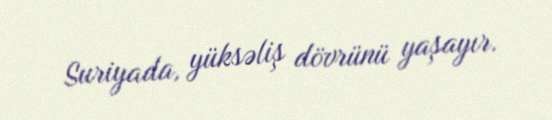
Suriyada, yüksəliş dövrünü yaşayır.